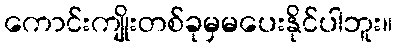
ကောင်းကျိုးတစ်ခုမှမပေးနိုင်ပါဘူး။